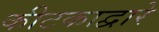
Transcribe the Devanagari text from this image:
कीटकाद्वारे